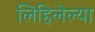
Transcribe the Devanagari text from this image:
लिहिलेल्‍या